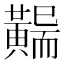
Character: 𪏖